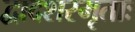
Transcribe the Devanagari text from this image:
द्वादशस्मृताः